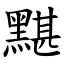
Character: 黮